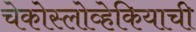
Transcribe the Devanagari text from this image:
चेकोस्लोव्हेकियाची